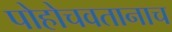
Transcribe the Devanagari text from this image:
पोहोचवतानाच